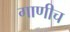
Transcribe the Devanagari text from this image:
गाणीच